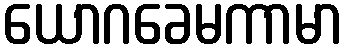
ယောဂခေမကာမာ